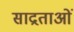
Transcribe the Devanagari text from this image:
साद्रताओं